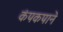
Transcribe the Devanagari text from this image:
कंपकपाने